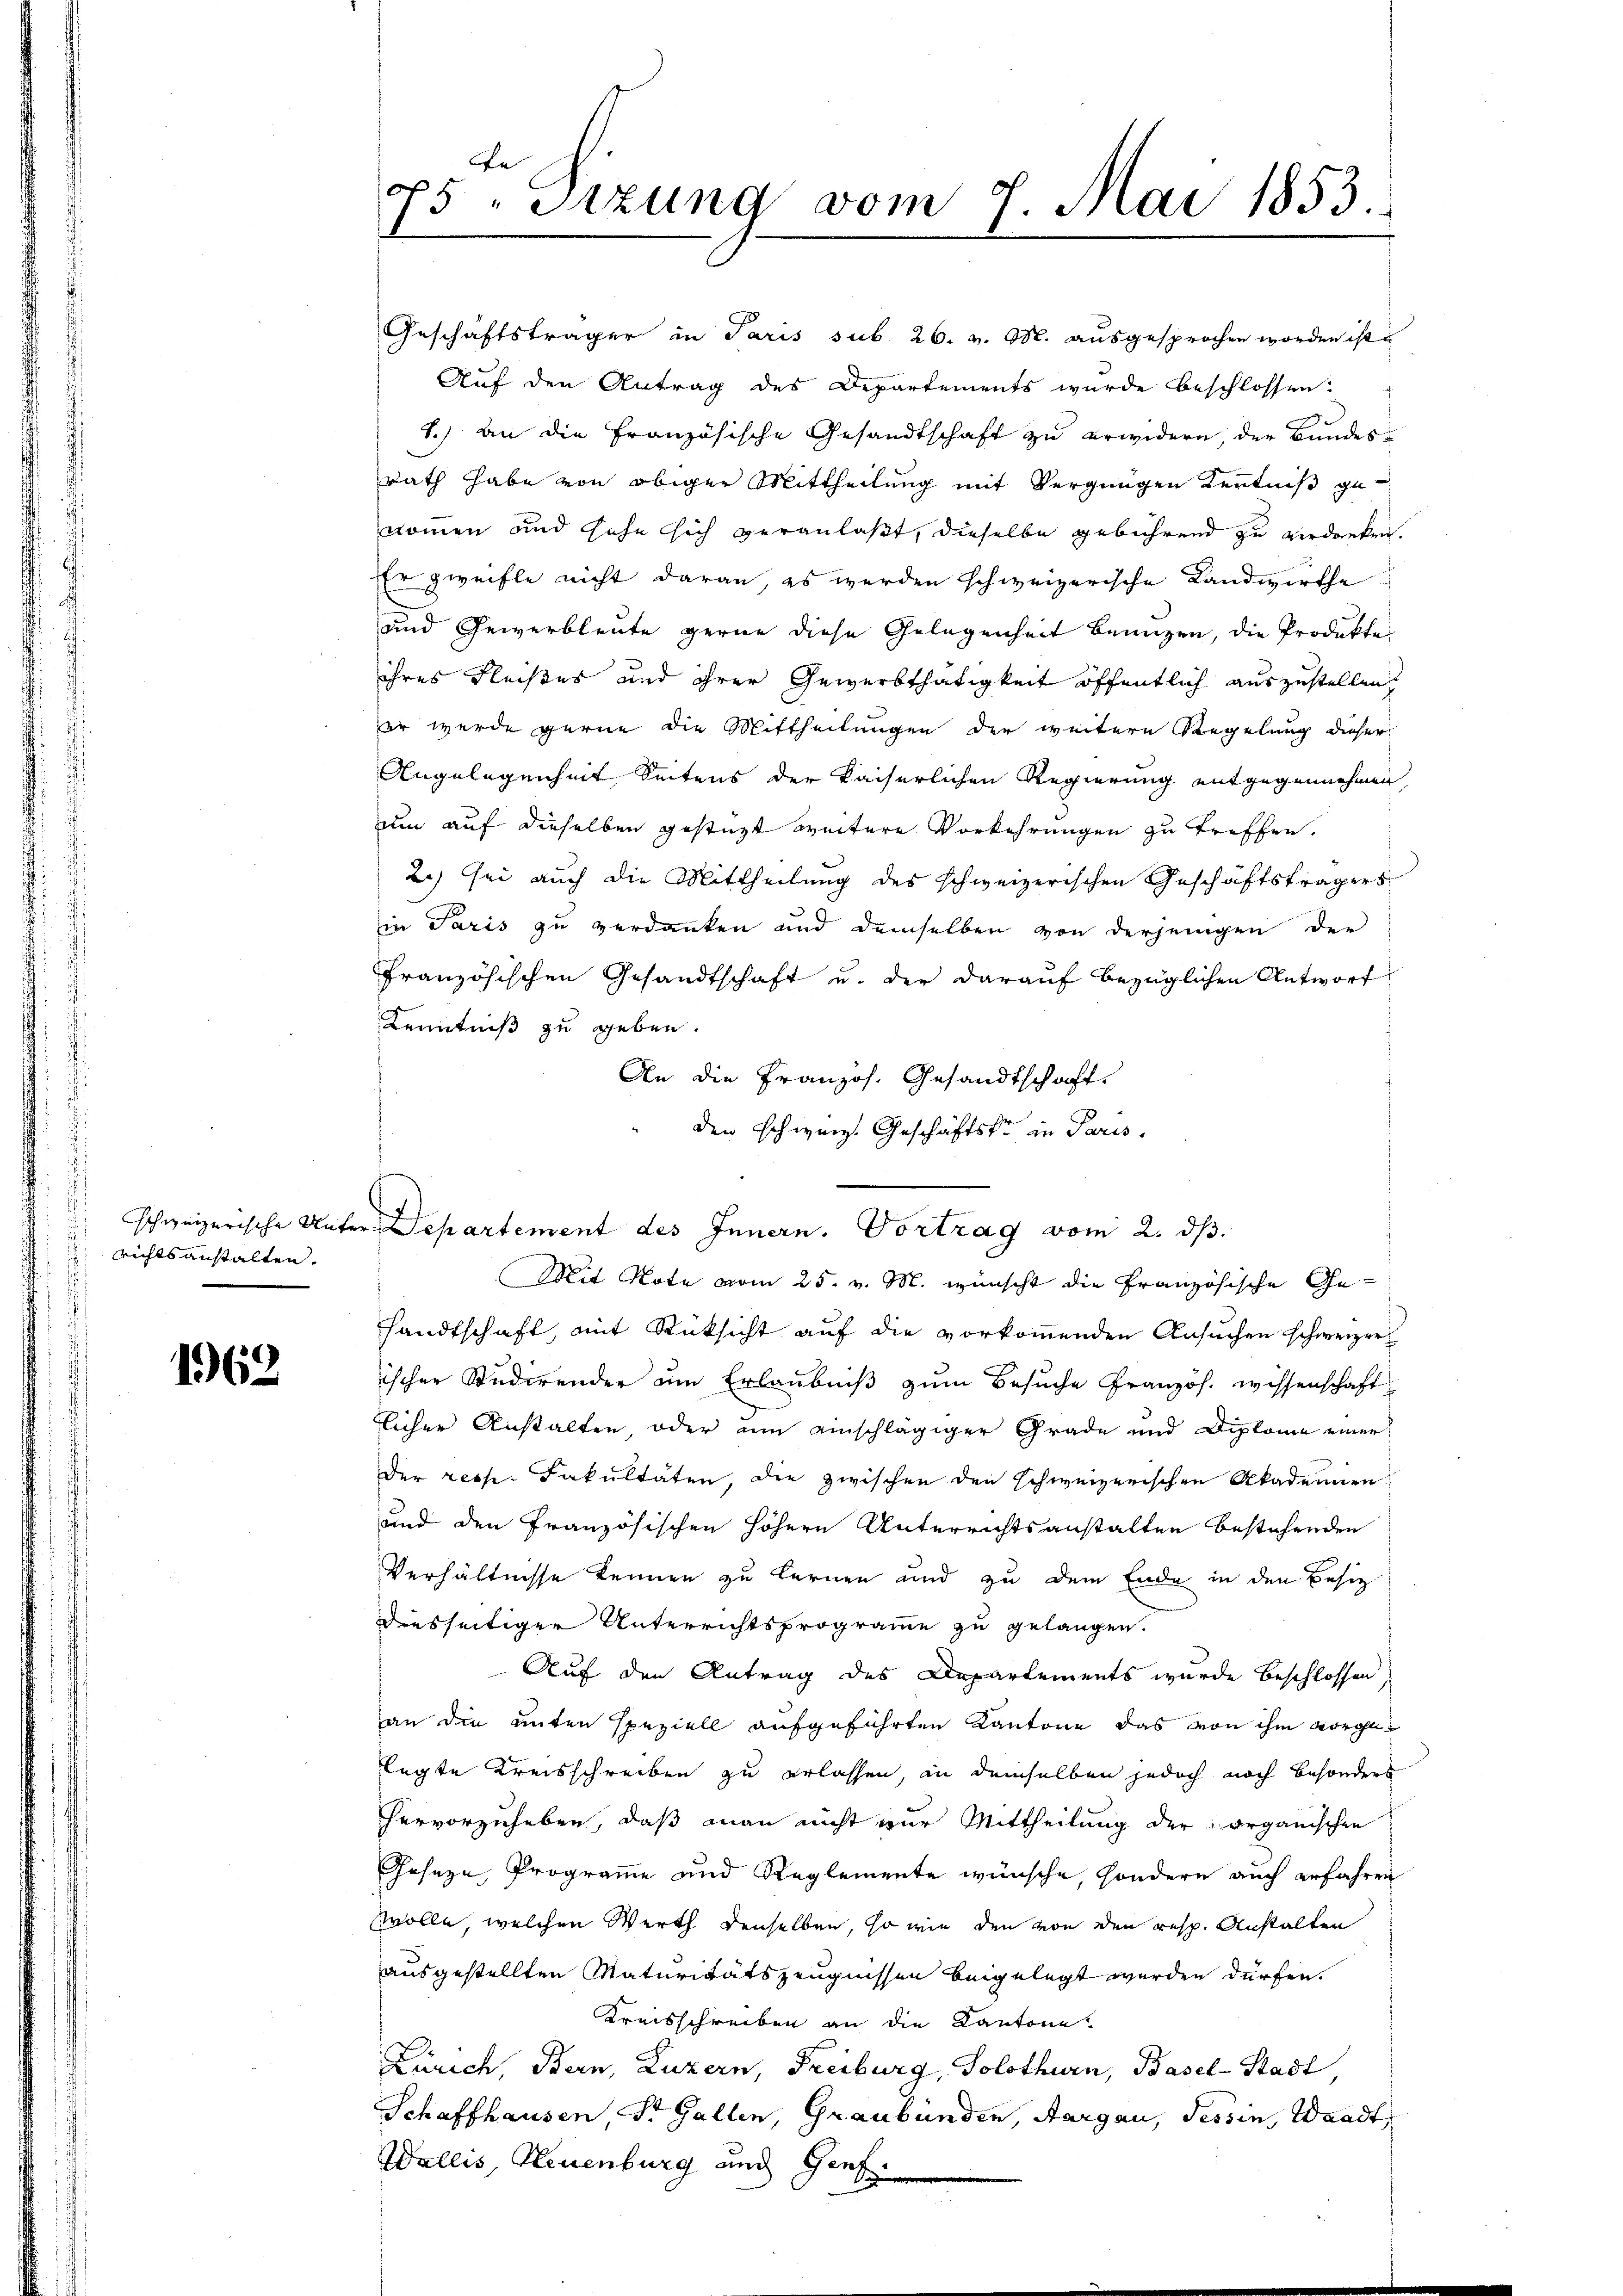
schweizerische Unter
richts anstalten.

1962

e
85 "Sitzung vom 7. Mai 1853.
.

Geschäftsträger in Paris sub 26. v. M. ausgesprochen worden ist u
Auf den Antrag des Departements wurde beschlossen:
S.) an die Französische Gesandtschaft zu erwidern der Bundes¬
Rath habe von obiger Mittheilung mit Vergnügen Kenntniß genommen und sehe sich veranlaßt, dieselbe gebührend zu verdanken.
Er zweifle nicht daran, es werden schweizerische Landwirthe
und Gewerbleute gerne diese Gelegenheit benuzen, die Produkte
ihres Fleißes und ihrer Gewerbthätigkeit öffentlich auszustellen,
er werde gerne die Mittheilungen der weitere Regelung dieser
Angelegenheit Seitens der kaiserlichen Regierung entgegennehmen
um auf dieselben gestüzt weitere Vorkehrungen zu treffen.
2) sei auch die Mittheilung des schweizerischen Geschäftsträgers
in Paris zu verdanken und demselben von derjenigen der
französischen Gesandtschaft u. der darauf bezüglichen Antwort
Kenntniß zu geben.
An die Französ. Gesandtschaft
den schweiz. Geschäftske in Paris.
Departement des Innern. Vortrag vom 2. d.
Mit Note vom 25. v. M. wünscht die Französische Ge-
sandtschaft, mit Rücksicht auf die vorkommenden Ansuchen schweizer
ischer Studirender um Erlaubniß zum Besuche Französ. wissenschaft
licher Anstalten oder um einschlägiger Grade und Diplome einer
der resp. Fakultäten die zwischen den schweizerischen Akademien
und den französischen höhern Unterrichtsanstalten bestehenden
Verhältnisse kennen zu lernen und zu dem Ende in den Besiz
diesseitiger Unterrichtsprogramme zu gelangen.
Auf den Antrag des Departements wurde beschlossen
an den unten speziell aufgeführten Kantone das von ihm vorgelegte Kreisschreiben zu erlassen, in demselben jedoch noch besonders
hervorzuheben, daß man nicht zur Mittheilung der organischen
Geseze, Programme und Reglemente wünsche, sondern auch erfahren
Wolle, welchen Werth denselben, so wie den von den resp. Anstalten
ausgestellten Maturitätszeugnissen beigelegt werden dürfen.
Kreisschreiben an die Kantone
Zürich, Bern, Luzern, Freiburg, Solothurn, Basel-Stadt
Schaffhausen, St. Gallen, Graubünden, Aargau, Tessin, Waadt,
Wallis, Neuenburg und Genf.